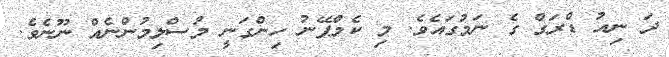
ދަ ނިއު ޑްރަގް ގެ ނަމުގައެވެ. މި ކެމްޕޭނު ހިންގަނީ މުސްލިމުންނެއް ނޫނެވެ.